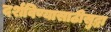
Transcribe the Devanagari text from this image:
दर्शविण्यासाठीसुद्धा